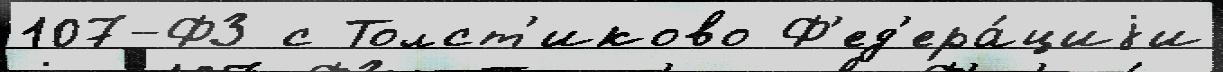
107-ФЗ с Толст'иково Ф'ед'ера́циjи